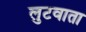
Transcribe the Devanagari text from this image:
लुटवाता